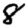
Digit: 8